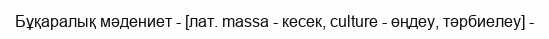
Бұқаралық мәдениет - [лат. massa - кесек, culture - өңдеу, тәрбиелеу] -